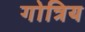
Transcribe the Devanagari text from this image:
गोत्रिय